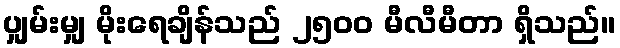
ပျှမ်းမျှ မိုးရေချိန်သည် ၂၅၀၀ မီလီမီတာ ရှိသည်။